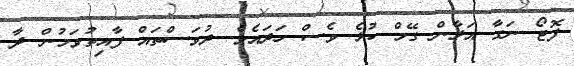
ފޮޓޯ ނަގާ އަލާން ގޭމް ކުޅެ ވެސް ހަދައެވެ. ދުވަސްތައް ފާއިތުވަމުން ދާ